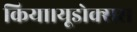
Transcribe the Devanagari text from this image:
किया।यूडोक्‍सस